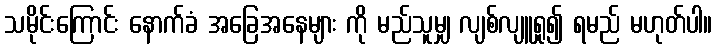
သမိုင်းကြောင်း နောက်ခံ အခြေအနေများ ကို မည်သူမျှ လျစ်လျူရှု၍ ရမည် မဟုတ်ပါ။